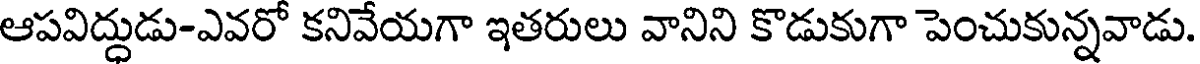
ఆపవిద్ధుడు-ఎవరో కనివేయగా ఇతరులు వానిని కొడుకుగా పెంచుకున్నవాడు.